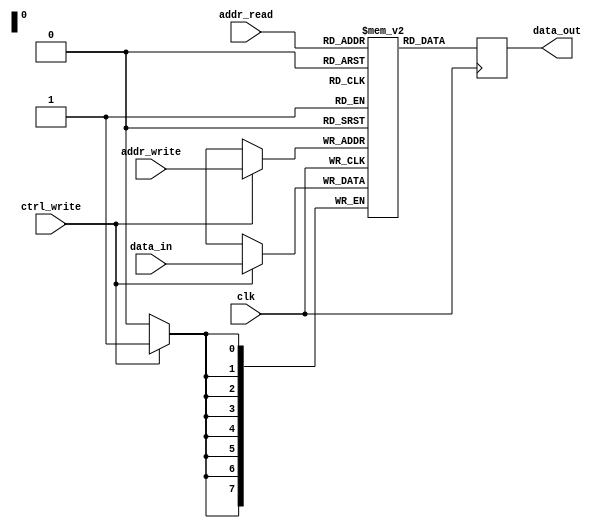
module my_memory
    #(
        parameter FILE_NAME = "initial.mif",
        parameter DATA_WIDTH = 8,
        parameter ADDR_WIDTH = 8
    )
    (
        input clk,
        input ctrl_write,
        input [(ADDR_WIDTH - 1) : 0] addr_write,
        input [(DATA_WIDTH - 1) : 0] data_in,
        input [(ADDR_WIDTH - 1) : 0] addr_read,
        output reg [(DATA_WIDTH - 1) : 0] data_out
    );
    
    (* ram_init_file = FILE_NAME *) reg [(DATA_WIDTH - 1) : 0] memory [(2 ** ADDR_WIDTH - 1) : 0];
    
    always @(posedge clk) begin : synchronous
        if (ctrl_write) begin
            memory[addr_write] <= data_in;
        end
        data_out <= memory[addr_read];
    end
    
endmodule